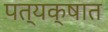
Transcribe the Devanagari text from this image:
पत्यक्षात